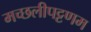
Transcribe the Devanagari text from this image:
मच्‍छलीपट्टणम